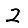
Digit: 2